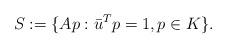
LaTeX: \begin{align*}S:=\{Ap:\bar{u}^{T}p=1,p\in K\}.\end{align*}